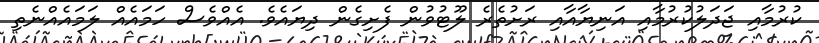
ކުރުމާއި ޖަދަލުކުރުމާއި އަނިޔާއާއި ރަށުތެރެ ލޫޓުވުން ފެށިގެން ދިޔައެވެ. އެއްވެސް ހަމައެއް ލަމައެއްނެތި